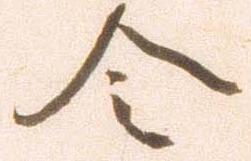
令